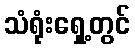
သံရုံးရှေ့တွင်